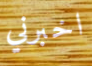
اخبرني